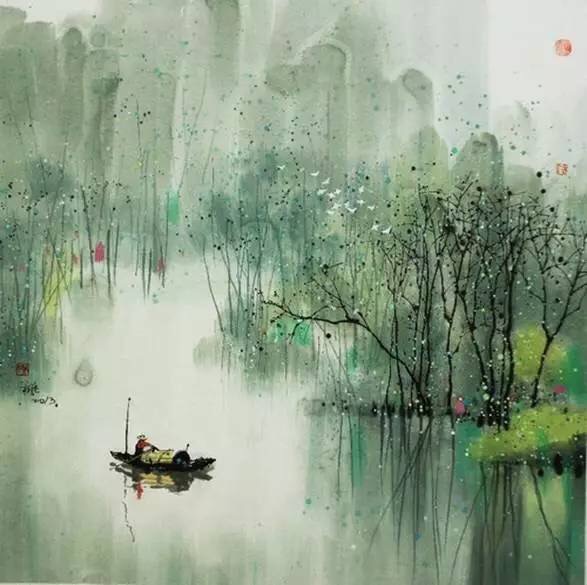
莫辞酒味薄，黍地无人耕。